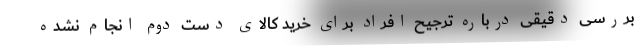
بررسی دقیقی درباره ترجیح افراد برای خرید کالای دست دوم انجام نشده